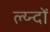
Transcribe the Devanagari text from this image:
ल्य्न्दों